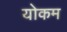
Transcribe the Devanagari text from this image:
योकम